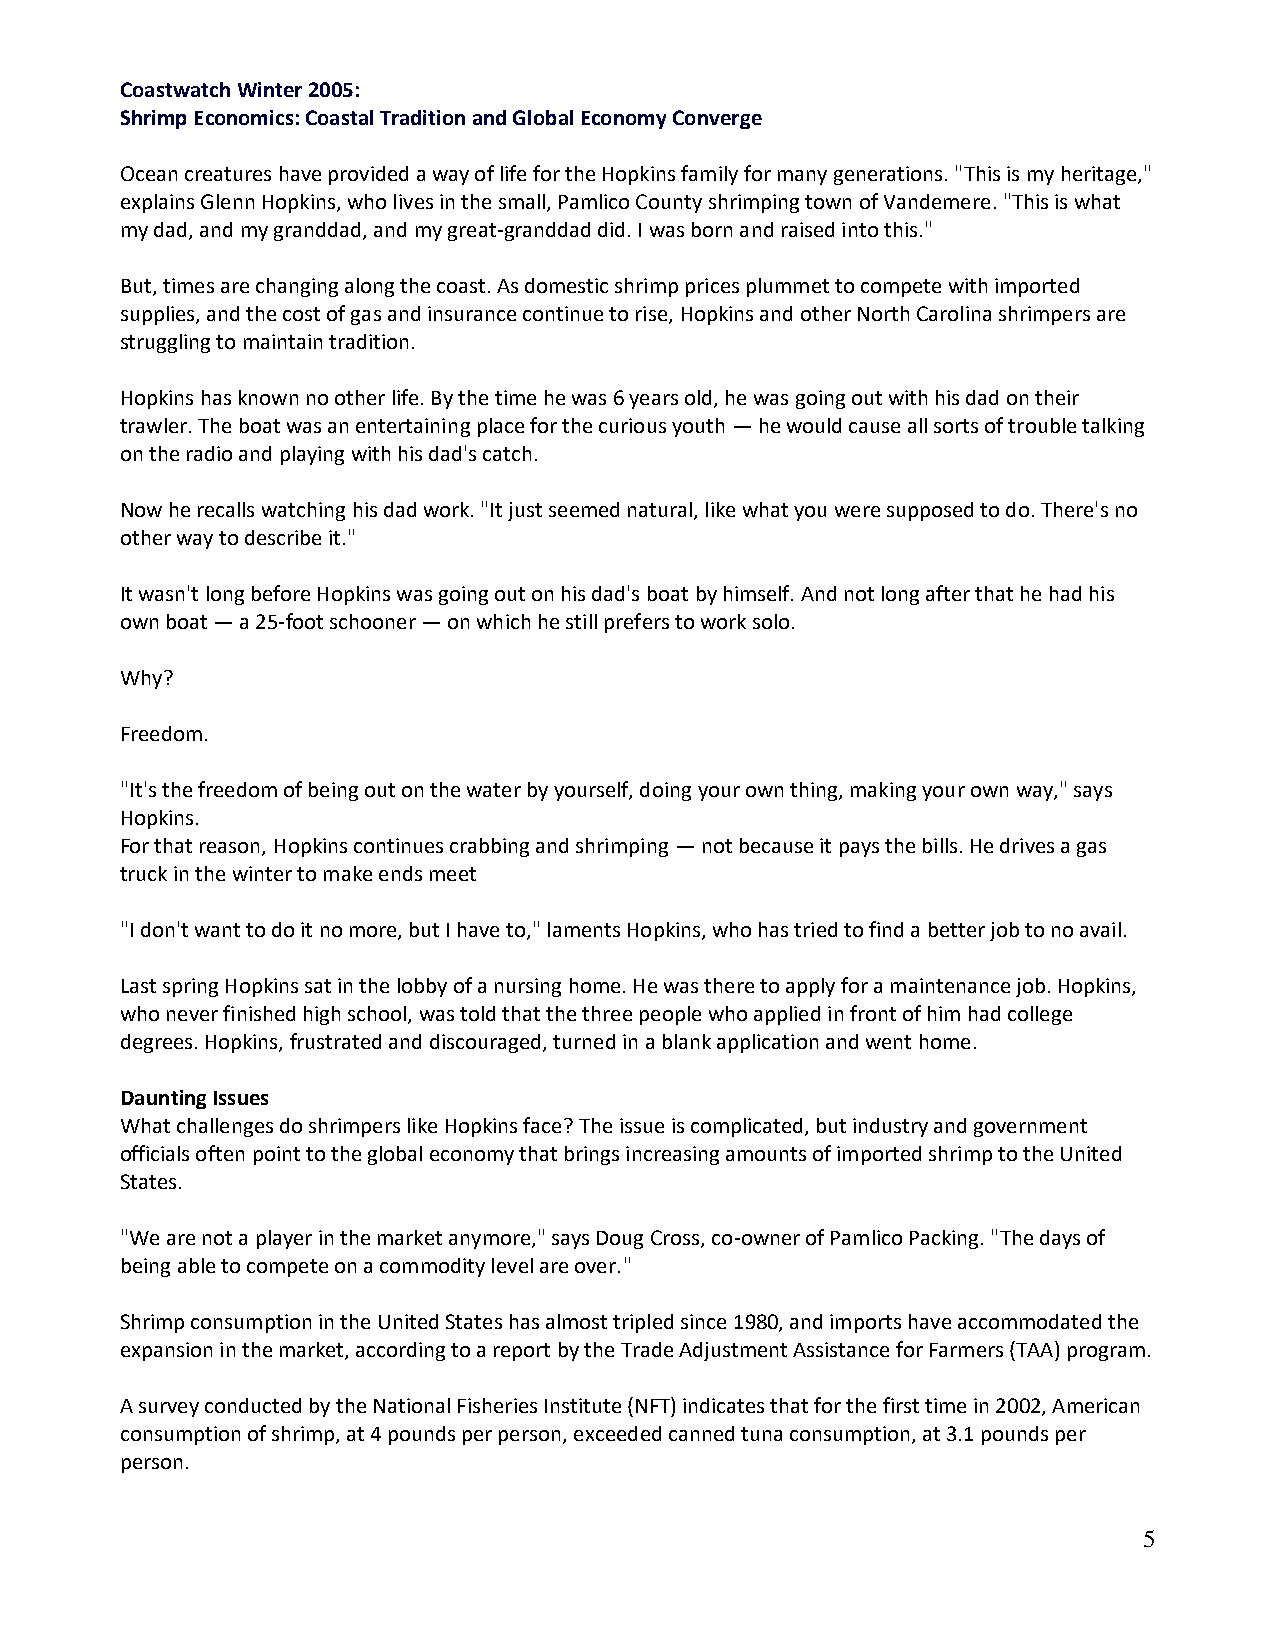
Coastwatch Winter 2005:
 Shrimp Economics: Coastal Tradition and Global Economy Converge
 Ocean creatures have provided a way of life for the Hopkins family for many generations. "This is my heritage,"
 explains Glenn Hopkins, who lives in the small, Pamlico County shrimping town of Vandemere. "This is what
 my dad, and my granddad, and my great-granddad did. I was born and raised into this."
 But, times are changing along the coast. As domestic shrimp prices plummet to compete with imported
 supplies, and the cost of gas and insurance continue to rise, Hopkins and other North Carolina shrimpers are
 struggling to maintain tradition.
 Hopkins has known no other life. By the time he was 6 years old, he was going out with his dad on their
 trawler. The boat was an entertaining place for the curious youth — he would cause all sorts of trouble talking
 on the radio and playing with his dad's catch.
 Now he recalls watching his dad work. "It just seemed natural, like what you were supposed to do. There's no
 other way to describe it."
 It wasn't long before Hopkins was going out on his dad's boat by himself. And not long after that he had his
 own boat — a 25-foot schooner — on which he still prefers to work solo.
 Why?
 Freedom.
 "It's the freedom of being out on the water by yourself, doing your own thing, making your own way," says
 Hopkins.
 For that reason, Hopkins continues crabbing and shrimping — not because it pays the bills. He drives a gas
 truck in the winter to make ends meet
 "I don't want to do it no more, but I have to," laments Hopkins, who has tried to find a better job to no avail.
 Last spring Hopkins sat in the lobby of a nursing home. He was there to apply for a maintenance job. Hopkins,
 who never finished high school, was told that the three people who applied in front of him had college
 degrees. Hopkins, frustrated and discouraged, turned in a blank application and went home.
 Daunting Issues
 What challenges do shrimpers like Hopkins face? The issue is complicated, but industry and government
 officials often point to the global economy that brings increasing amounts of imported shrimp to the United
 States.
 "We are not a player in the market anymore," says Doug Cross, co-owner of Pamlico Packing. "The days of
 being able to compete on a commodity level are over."
 Shrimp consumption in the United States has almost tripled since 1980, and imports have accommodated the
 expansion in the market, according to a report by the Trade Adjustment Assistance for Farmers (TAA) program.
 A survey conducted by the National Fisheries Institute (NFT) indicates that for the first time in 2002, American
 consumption of shrimp, at 4 pounds per person, exceeded canned tuna consumption, at 3.1 pounds per
 person.
 5